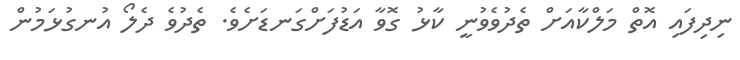
ނިދިފައި އޮތް މަލްކާއަށް ތެދުވެވުނީ ކާޅު ގޮވާ އަޑުފަށްގަނޑަށެވެ. ތެދުވެ ދެލޯ އުނގުޅަމުން